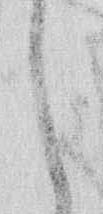
し